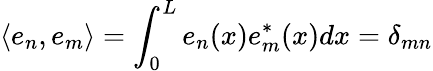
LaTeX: \langle e_{n},e_{m}\rangle=\int_{0}^{L}e_{n}(x)e_{m}^{*}(x)dx=\delta_{mn}